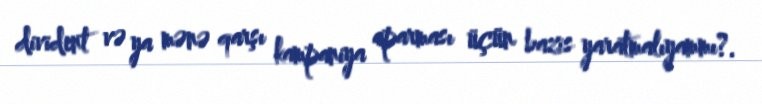
divident və ya mənə qarşı kampaniya aparması üçün bazis yaratmalıyammı?.